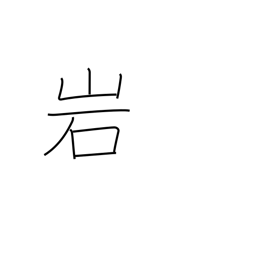
Meaning: rock